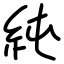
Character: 純